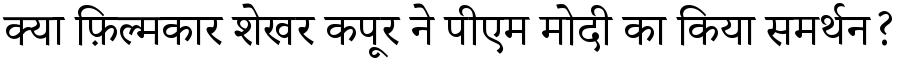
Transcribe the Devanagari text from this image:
क्या फ़िल्मकार शेखर कपूर ने पीएम मोदी का किया समर्थन?